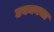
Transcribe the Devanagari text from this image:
टबमनचा